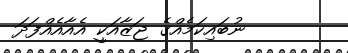
ނުބައިކަމެއްގެ ޖަޒާއަކީ އެއާއެއްފަދަ